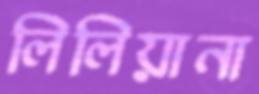
লিলিয়ানা